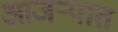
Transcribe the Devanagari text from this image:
आजऱ्यात